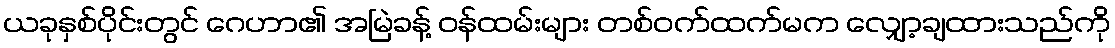
ယခုနှစ်ပိုင်းတွင် ဂေဟာ၏ အမြဲခန့် ဝန်ထမ်းများ တစ်ဝက်ထက်မက လျှော့ချထားသည်ကို